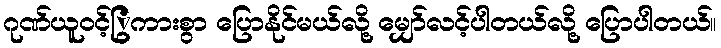
ဂုဏ်ယူဝင့်ြွကားစွာ ပြောနိုင်မယ်လို့ မျှော်လင့်ပါတယ်လို့ ပြောပါတယ်။